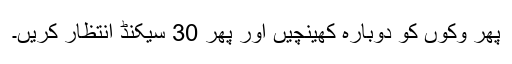
پھر وکوں کو دوبارہ کھینچیں اور پھر 30 سیکنڈ انتظار کریں۔